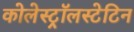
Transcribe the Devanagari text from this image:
कोलेस्ट्रॉलस्टेटिन